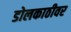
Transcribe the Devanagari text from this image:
डोलकाठीवर